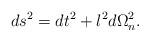
LaTeX: \begin{align*}ds^2 =dt^2 +l^2 d\Omega_n^2.\end{align*}